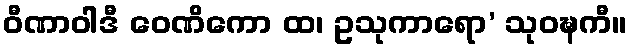
ဝီဏာဝါဒီ ဝေဏိကော ထ၊ ဥသုကာရော’ သုဝဍ္ဎကီ။